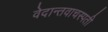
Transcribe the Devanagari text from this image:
वेदान्तवाचस्पती